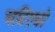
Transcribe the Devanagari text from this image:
चढिएबो